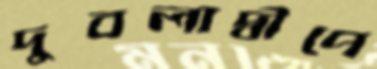
দুবলাদ্বীপে